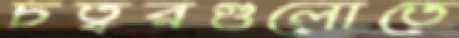
চত্বরগুলোতে